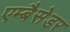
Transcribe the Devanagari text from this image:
एम्बैसेडर